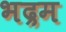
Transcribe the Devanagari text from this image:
भद्रम